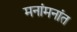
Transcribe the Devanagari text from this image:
मनांमनांत